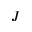
J